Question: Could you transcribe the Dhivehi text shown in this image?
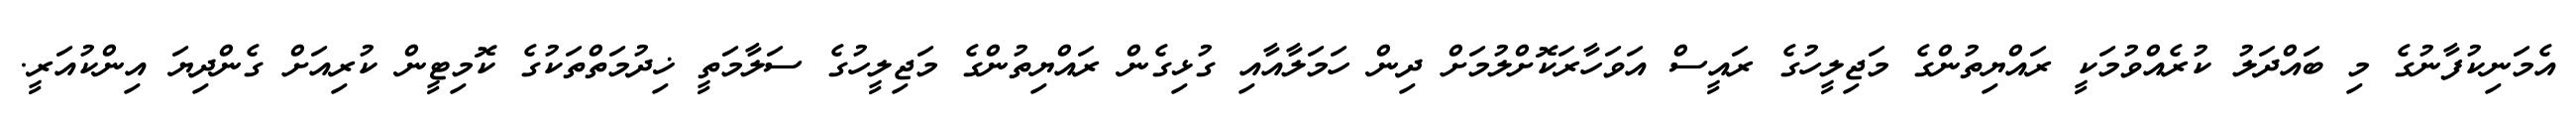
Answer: އެމަނިކުފާނުގެ މި ބައްދަލު ކުރެއްވުމަކީ ރައްޔިތުންގެ މަޖިލީހުގެ ރައީސް އަވަހާރަކޮށްލުމަށް ދިން ހަމަލާއާއި ގުޅިގެން ރައްޔިތުންގެ މަޖިލީހުގެ ސަލާމަތީ ޚިދުމަތްތަކުގެ ކޮމިޓީން ކުރިއަށް ގެންދިޔަ އިންކުއަރީ.